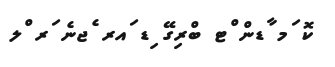
ކޮ ަމ ާޑން ްޓ ބްރިގޭ ިޑ ައރ ެޖނެ ަރ ްލ